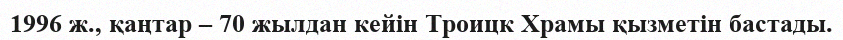
1996 ж., қаңтар – 70 жылдан кейін Троицк Храмы қызметін бастады.